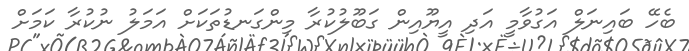
ބެހޭ ބައިނަލް އަގުވާމީ އަދި އީޔޫއިން ގަބޫލުކުރާ މިންގަނޑުތަކަށް އަމަލު ނުކުރާ ކަމަށް